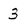
Character: 3